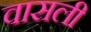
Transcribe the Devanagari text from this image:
वासली